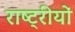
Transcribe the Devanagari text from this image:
राष्ट्रीयों